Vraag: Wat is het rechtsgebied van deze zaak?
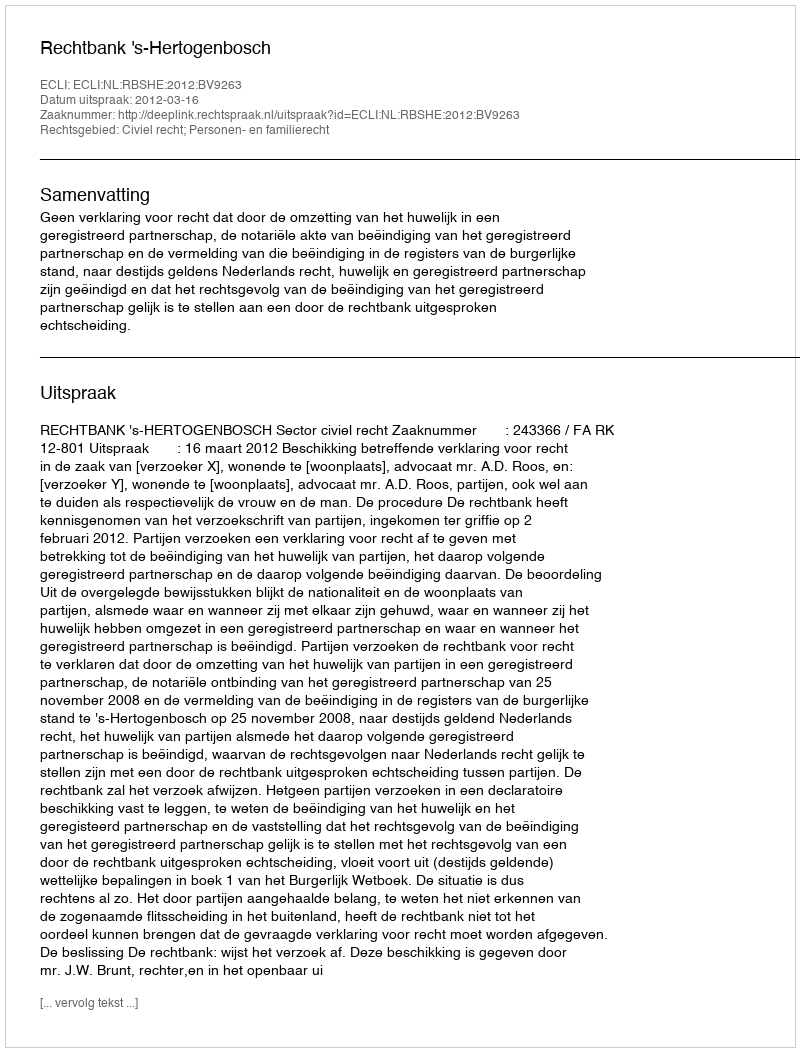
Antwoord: Civiel recht; Personen- en familierecht